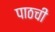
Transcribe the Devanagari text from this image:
पाठची